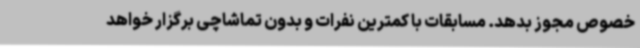
خصوص مجوز بدهد. مسابقات با کمترین نفرات و بدون تماشاچی برگزار خواهد